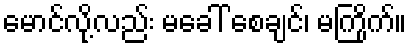
မောင်လို့လည်း မခေါ် စေချင်၊ မကြိုက်။